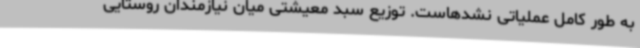
به طور کامل عملیاتی نشدهاست. توزیع سبد معیشتی میان نیازمندان روستایی